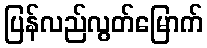
ပြန်လည်လွတ်မြောက်